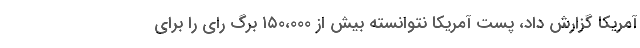
آمریکا گزارش داد، پست آمریکا نتوانسته بیش از ۱۵۰،۰۰۰ برگ رای را برای